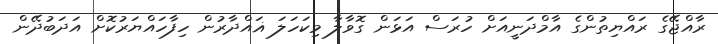
ރާއްޖޭގެ ރައްޔިތުންގެ އާމްދަނީއަށް ހުރަސް އަޅަން ގޮވާލާ މިކަހަލަ ޣައްދާރުން ހިފާހައްޔަރުކޮށް އަދަބުދޭން